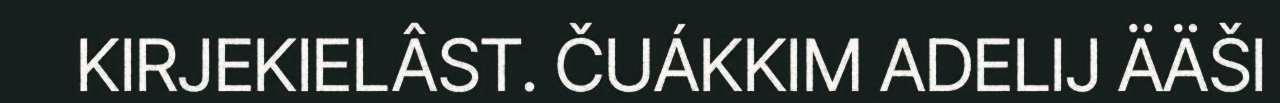
KIRJEKIELÂST. ČUÁKKIM ADELIJ ÄÄŠI